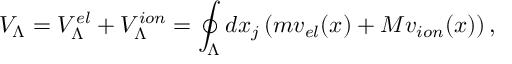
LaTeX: V _ { \Lambda } = V _ { \Lambda } ^ { e l } + V _ { \Lambda } ^ { i o n } = \oint _ { \Lambda } d x _ { j } \left( m v _ { e l } ( x ) + M v _ { i o n } ( x ) \right) ,